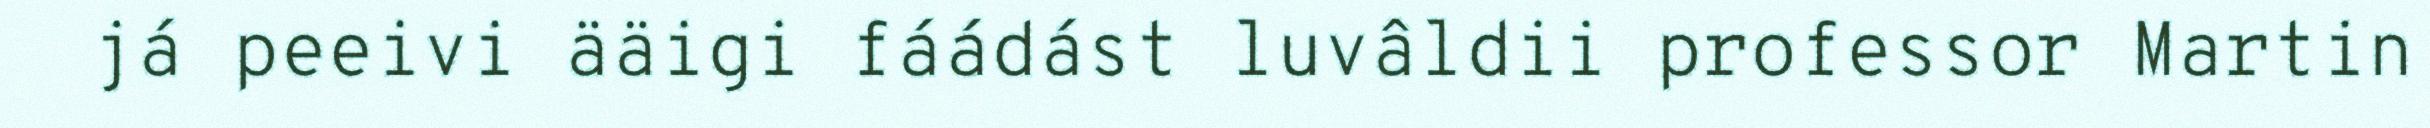
já peeivi ääigi fáádást luvâldii professor Martin